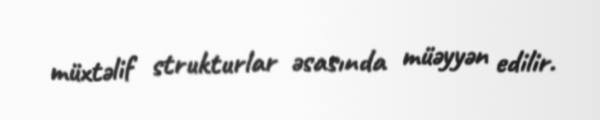
müxtəlif strukturlar əsasında müəyyən edilir.